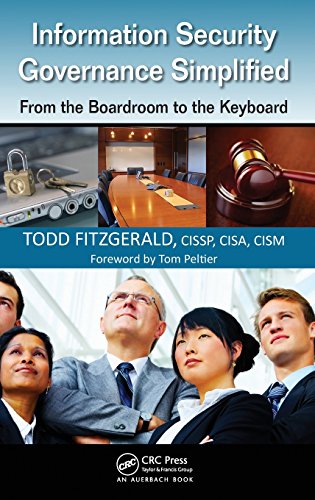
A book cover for Information Security Governance Simplified: From the Boardroom to the Keyboard; Todd Fitzgerald; Business & Money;